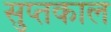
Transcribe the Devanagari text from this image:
सुप्तकाल